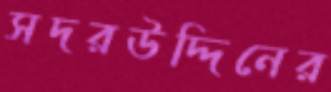
সদরউদ্দিনের